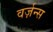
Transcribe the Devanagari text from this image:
वर्ज़न्स